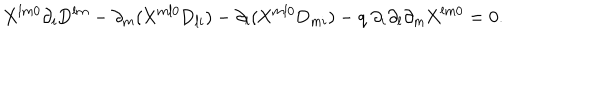
LaTeX: \mathrm { X } ^ { l m 0 } \partial _ { i } \mathrm { D } ^ { l m } - \partial _ { m } ( \mathrm { X } ^ { m l 0 } \mathrm { D } _ { l i } ) - \partial _ { l } ( \mathrm { X } ^ { m l 0 } \mathrm { D } _ { m i } ) - q { ~ } \partial _ { i } \partial _ { l } \partial _ { m } \mathrm { X } ^ { l m 0 } = 0 .